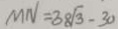
M N = 3 8 \sqrt { 3 } - 3 0